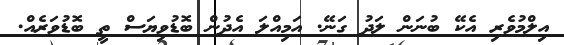
އިލްމުވެރި އެކޭ ބުނަން ލަދު ގަނޭ. އަމިއްލަ އެދުން ބޮޑުވިޔަސް ތީ ބޮޑުވަރެއް.